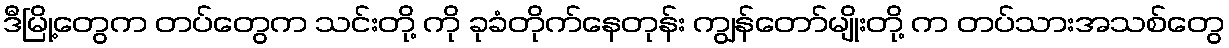
ဒီမြို့တွေက တပ်တွေက သင်းတို့ ကို ခုခံတိုက်နေတုန်း ကျွန်တော်မျိုးတို့ က တပ်သားအသစ်တွေ